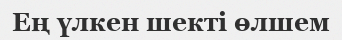
Ең үлкен шекті өлшем